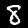
Label: 8